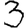
Digit: 3